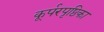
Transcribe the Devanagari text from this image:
कूर्परपृष्ठिका